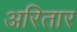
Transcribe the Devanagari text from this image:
अरितार